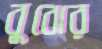
বুঝের